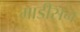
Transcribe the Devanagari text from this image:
माडीसन